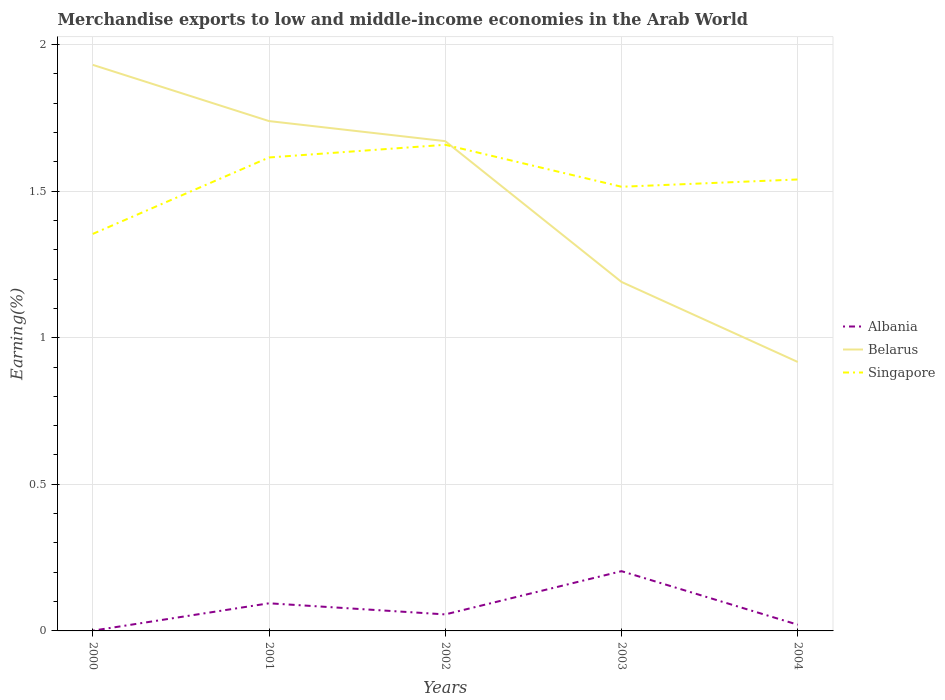
| Years | Albania | Belarus | Singapore |
 | --- | --- | --- | --- |
 | 2000 | 0.000887 | 1.93 | 1.35 |
 | 2001 | 0.0942 | 1.74 | 1.61 |
 | 2002 | 0.0563 | 1.67 | 1.66 |
 | 2003 | 0.204 | 1.19 | 1.51 |
 | 2004 | 0.0212 | 0.917 | 1.54 |